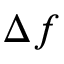
\Delta f